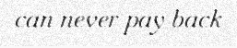
can never pay back